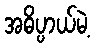
အဓိပ္ပာယ်မဲ့